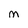
Character: M